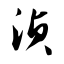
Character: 浈